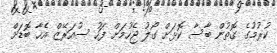
ކުރުމުގެ ގޮތުން ބާސާ ކޮޅަށް ގޯލު ޖެހުމަށް ފަހު ސުއަރޭޒް އެހާ ބޮޑަށް